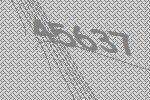
45637